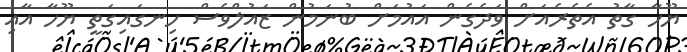
ޔޫހާ ގާތު އެތެރެއަށް ވަދެގެން އައުމަށް ބުނަމުން ޒައުލްވެސް ހިނގައިގަތީ ޔޫހާ އާއި